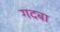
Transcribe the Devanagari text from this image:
गदबा